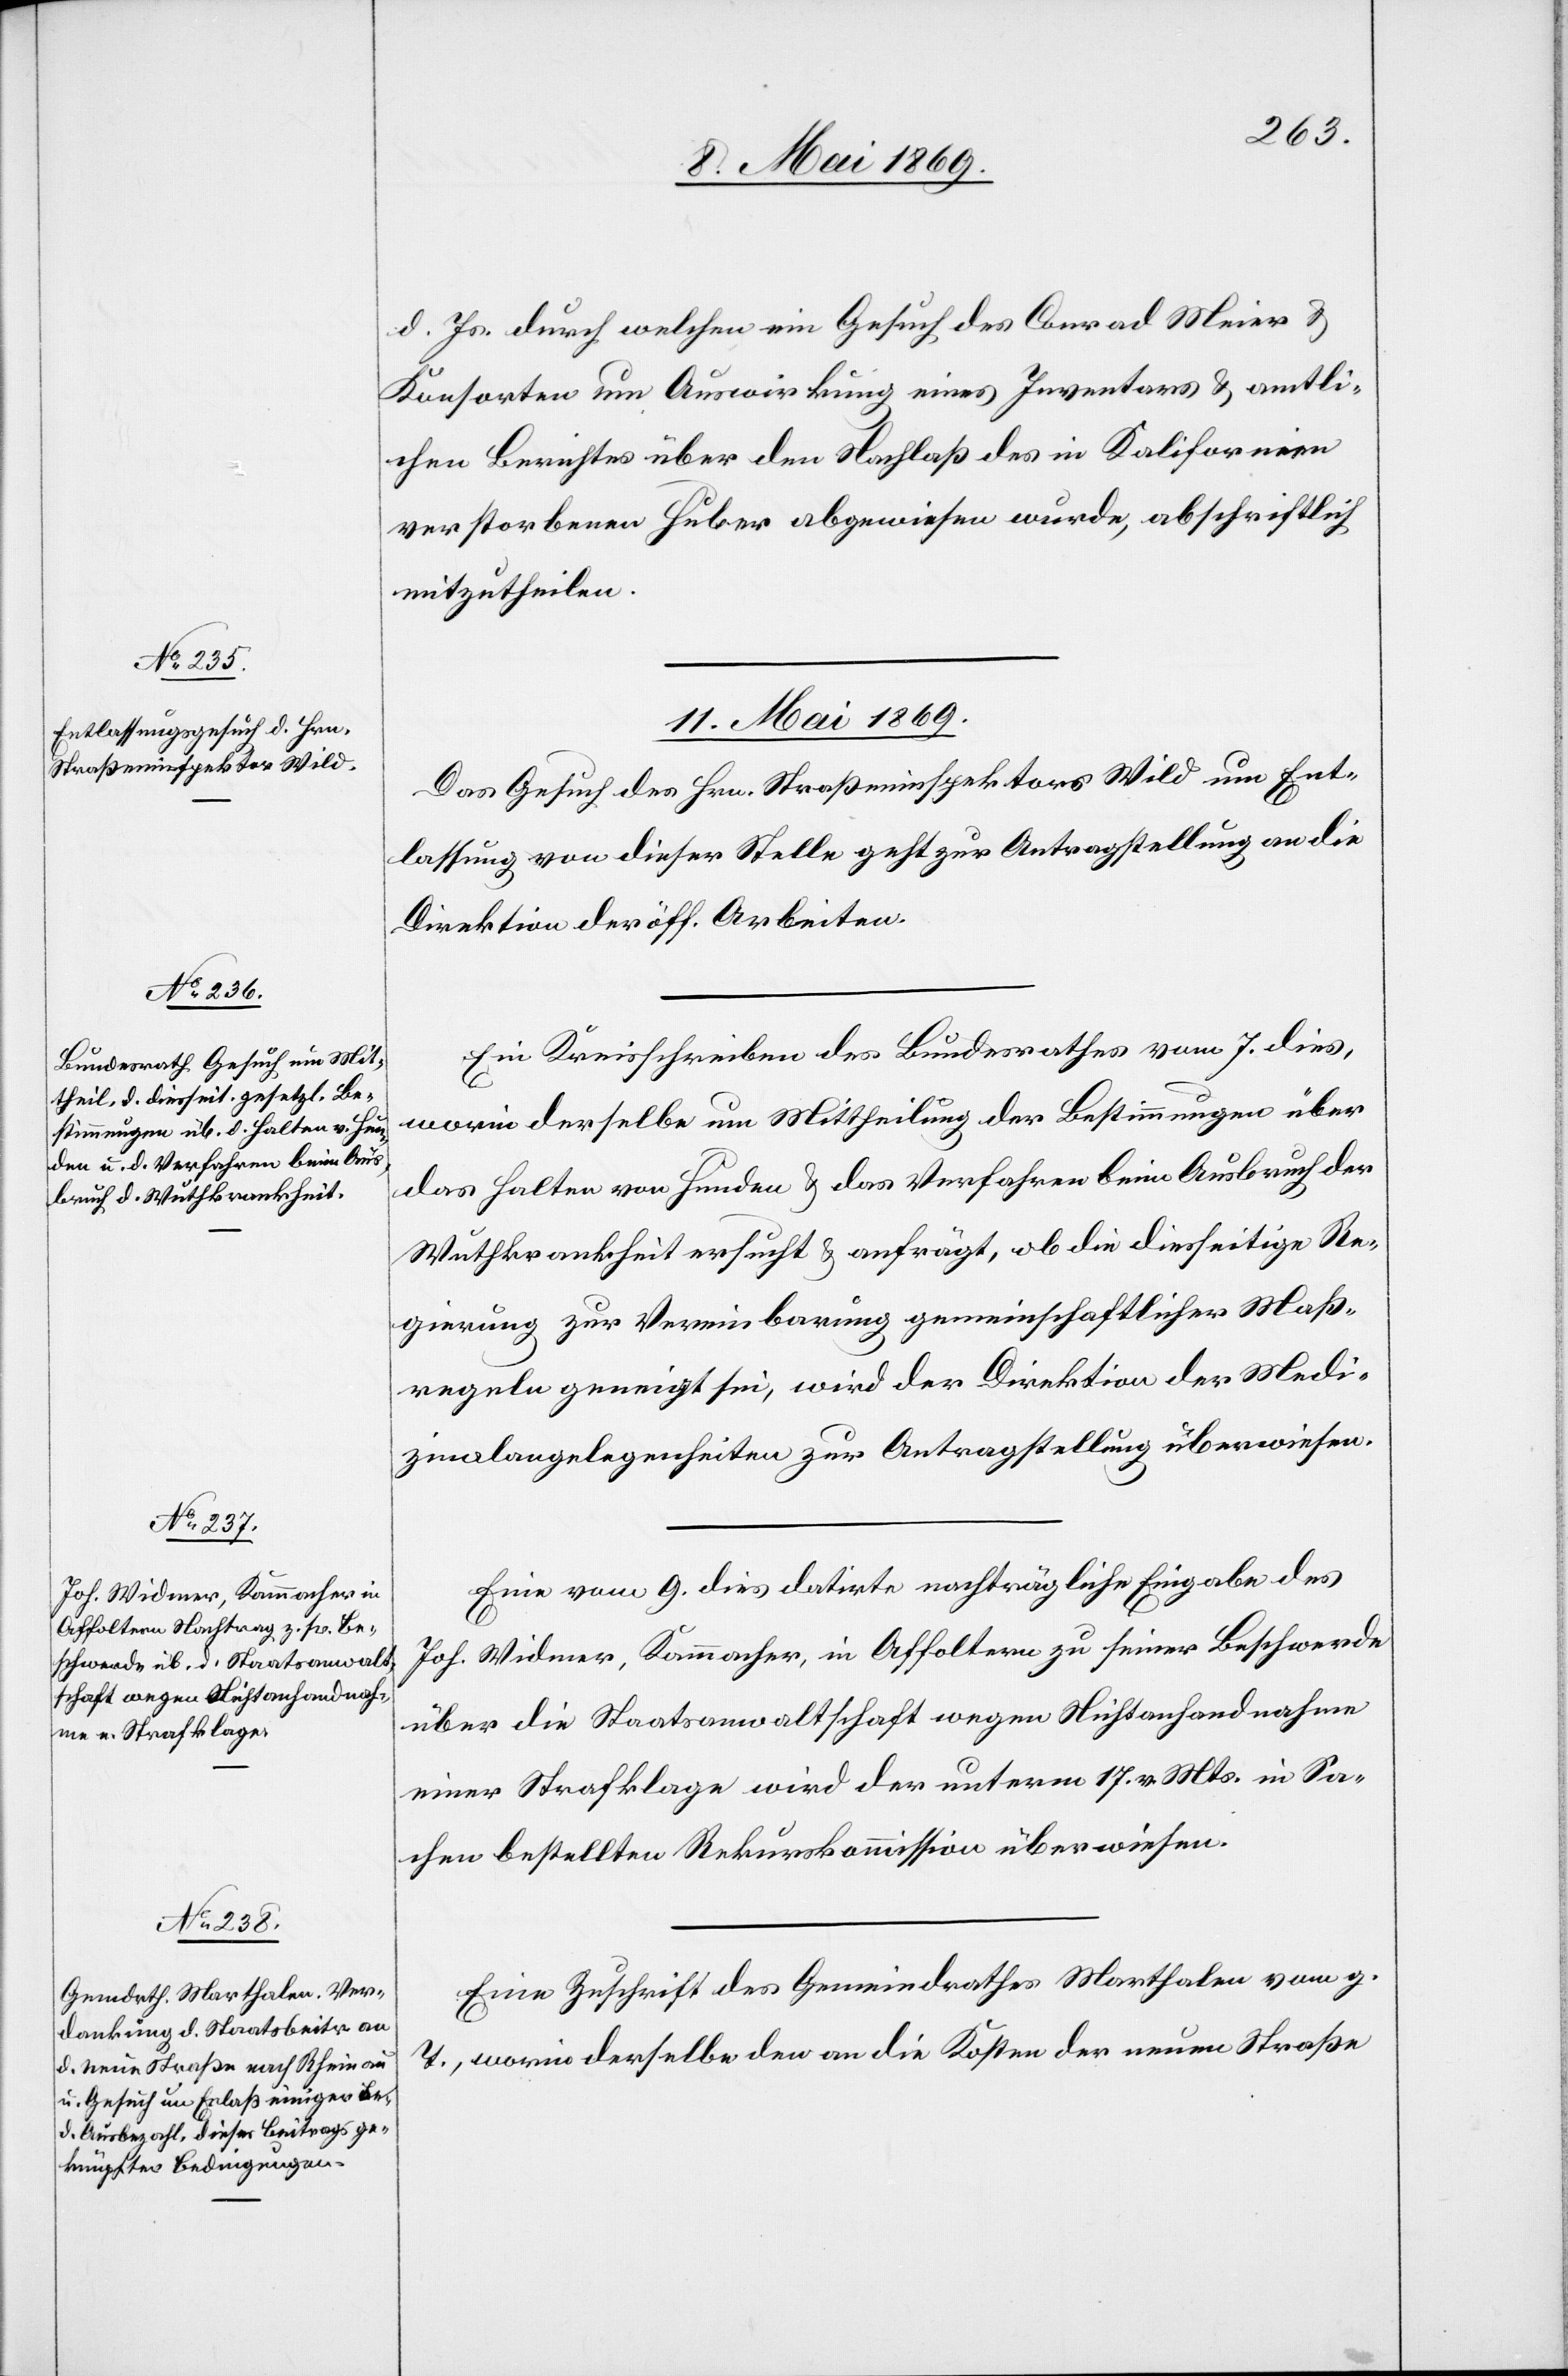
d. Js. durch welchen ein Gesuch des Conrad Meier u.
Konsorten um Auswirkung eines Inventars u. amtli¬
chen Berichtes über den Nachlaß des in Kalifornien
verstorbenen Huber abgewiesen wurde, abschriftlich
mitzutheilen.
11. Mai 1869.]
Das Gesuch des Hrn. Straßeninspektors Wild um Ent¬
lassung von dieser Stelle geht zur Antragstellung an die
Direktion der öff. Arbeiten.
Ein Kreisschreiben des Bundesrathes vom 7. dies,
worin derselbe um Mittheilung der Bestimmungen über
das Halten von Hunden u. das Verfahren beim Ausbruch der
Wuthskrankheit ersucht u. anfrägt, ob die diesseitige Re¬
gierung zur Vereinbarung gemeinschaftlicher Maß¬
regeln geneigt sei, wird der Direktion der Medi¬
zinalangelegenheiten zur Antragstellung überwiesen.
Eine vom 9. dies datirte nachträgliche Eingabe des
Joh. Widmer, Kammacher, in Affoltern zu seiner Beschwerde
über die Staatsanwaltschaft wegen Nichtanhandnahme
einer Strafklage wird der unterm 17. d. Mts. in Sa¬
chen bestellten Rekurskommission überwiesen.
Eine Zuschrift des Gemeindrathes Marthalen vom g.
T. worin derselbe den an die Kosten der neuen Straße